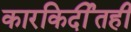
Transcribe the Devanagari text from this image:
कारकिर्दीतही